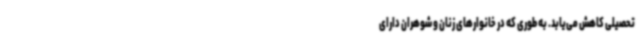
تحصیلی کاهش می‌یابد. به طوری که در خانوارهای زنان و شوهران دارای